Report on the lunatic asylums under the Government of Bombay - 1904-1913
Year: 1904
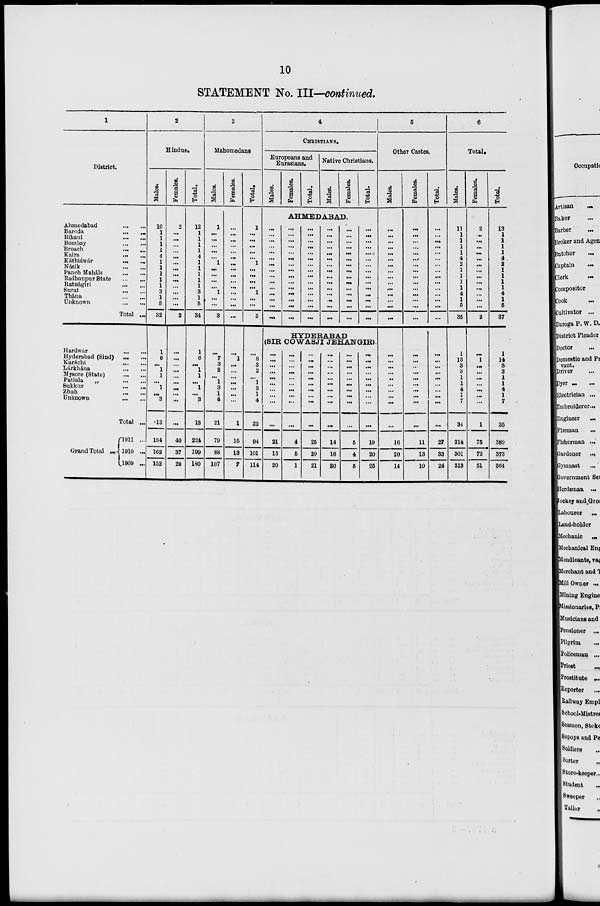
10
STATEMENT No. III—continued.
1
District.
Ahmedabad
...
...
Baroda
...
...
Bihani
...
...
Bombay
...
...
Broach
...
...
Kaira
...
...
Káthiáwár ... ...
Násik
...
...
Panch Maháls
...
...
Radhanpur State
...
...
Ratnágni
...
...
Surat
...
...
Thána
...
...
Unknown
...
...
Total ...
Hardwár
...
...
Hyderabad (Sind) ... ...
Karáchi
...
...
Lárkhána
...
...
Mysore (State)
...
...
Patiala
„
...
...
Sukkur
...
...
Zhah
...
...
Unknown ... ...
Total ...
Grand Total
...
1911 ...
1910 ...
1909 ...
2
Hindus.
Males.
10
1
1
1
1
1
1
1
1
1
1
3
1
5
32
1
6
...
1
1
...
1
...
3
13
184
162
152
Females.
2
...
...
...
...
...
...
...
...
...
...
...
...
...
2
...
...
...
...
...
...
...
...
...
...
40
37
28
Total.
12
1
1
1
1
1
1
1
1
1
1
3
1
5
34
1
6
...
1
1
...
1
...
3
13
224
199
180
3
Mahomedans
Males.
1
...
...
...
...
...
1
...
...
...
...
1
...
...
3
...
7
3
2
...
1
3
1
4
21
79
88
107
Females.
...
...
...
...
...
...
...
...
...
...
...
...
...
...
...
...
1
...
...
...
...
...
...
...
1
15
13
7
Total.
1
...
...
...
...
...
1
...
...
...
...
1
...
...
3
...
8
3
2
...
1
3
1
4
22
94
101
114
4
CHRISTIANS.
Europeans and
Eurasians.
Males.
Females.
Total.
Native Christians.
Males.
Females.
Total.
AHMEDABAD.
...
...
...
...
...
...
...
...
...
...
...
...
...
...
...
...
...
...
...
...
...
...
...
...
...
...
...
...
...
...
...
...
...
...
...
...
...
...
...
...
...
...
...
...
...
...
...
...
...
...
...
...
...
...
...
...
...
...
...
...
...
...
...
...
...
...
...
...
...
...
...
...
...
...
...
...
...
...
...
...
...
...
...
...
...
...
...
...
...
...
HYDERABAD
(SIR COWASJI JEHANGIR).
...
...
...
...
...
...
...
...
...
...
21
15
20
...
...
...
...
...
...
...
...
...
...
4
5
1
...
...
...
...
...
...
...
...
...
...
25
20
21
...
...
...
...
...
...
...
...
...
...
14
16
20
...
...
...
...
...
...
...
...
...
...
5
4
5
...
...
...
...
...
...
...
...
...
...
19
20
25
5
Other Castes.
Males.
...
...
...
...
...
...
...
...
...
...
...
...
...
...
...
...
...
...
...
...
...
...
...
...
...
16
20
14
Females.
...
...
...
...
...
...
...
...
...
...
...
...
...
...
...
...
...
...
...
...
...
...
...
...
...
11
13
10
Total.
...
...
...
...
...
...
...
...
...
...
...
...
...
...
...
...
...
...
...
...
...
...
...
...
...
27
33
24
6
Total.
Males.
11
1
1
1
1
4
2
1
1
1
1
4
1
5
35
1
13
3
3
1
1
4
1
7
34
314
301
313
Females.
2
...
...
...
...
...
...
...
...
...
...
...
...
...
2
...
1
...
...
...
...
...
...
...
1
75
72
51
Total.
13
1
1
1
1
4
2
1
1
1
1
4
1
5
37
1
14
3 3
1
1
4
1
7
35
389
373
364